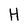
Character: H